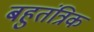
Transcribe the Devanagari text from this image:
बहुतंत्रिक